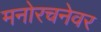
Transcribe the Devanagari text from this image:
मनोरचनेवर